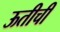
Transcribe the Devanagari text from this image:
ऊतीची